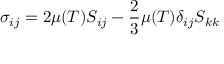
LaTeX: \sigma _ { i j } = 2 \mu ( T ) S _ { i j } - { \frac { 2 } { 3 } } \mu ( T ) \delta _ { i j } S _ { k k }